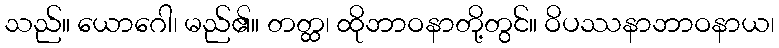
သည်။ ယောဂေါ၊ မည်၏။ တတ္ထ၊ ထိုဘာဝနာတို့တွင်။ ဝိပဿနာဘာဝနာယ၊